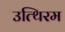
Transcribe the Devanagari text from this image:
उत्थिरम